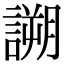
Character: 𧪜